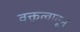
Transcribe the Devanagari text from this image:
वक्तृत्वातून